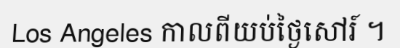
Los Angeles កាលពីយប់ថ្ងៃសៅរ៍ ។